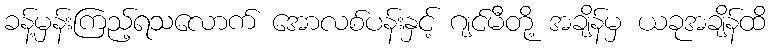
ခန့်မှန်းကြည့်ရသလောက် အောလစ်ပန်းနှင့် ဂျင်မီတို့ အချိန်မှ ယခုအချိန်ထိ